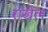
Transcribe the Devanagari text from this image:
राखेल